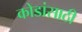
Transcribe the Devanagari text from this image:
कोडांसाठी